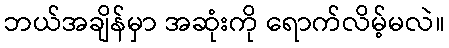
ဘယ်အချိန်မှာ အဆုံးကို ရောက်လိမ့်မလဲ။